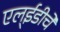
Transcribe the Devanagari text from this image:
एल्‌ईडीचे